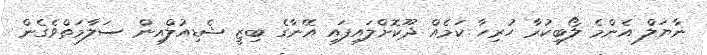
ނާޔަލް އެންމެ ލޯބިކުރާ ހުރިހާ ކަމެއް ދޫކޮށްލައިފައި އޭނާގެ ބިޒީ ޝެޑިއުލްއިން ސަލާމަތްވެގެން